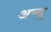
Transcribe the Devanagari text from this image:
अन्बू